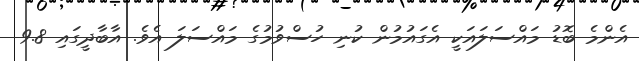
އެންމެ ބޮޑު މައްސަލައަކީ އެގައުމުން ކުނި ހުސްވުމުގެ މައްސަލަ އެވެ. އާބާދީގައި 9.8